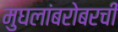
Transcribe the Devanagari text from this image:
मुघलांबरोबरची